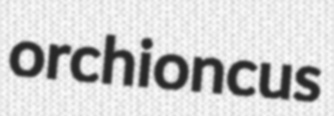
orchioncus